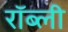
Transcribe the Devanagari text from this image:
रॉब्ली